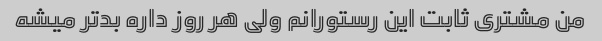
من مشتری ثابت این رستورانم ولی هر روز داره بدتر میشه